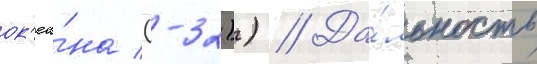
ок'еа́на (-32)) // Да́льность